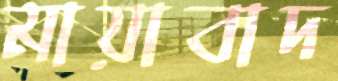
মায়াবাদ